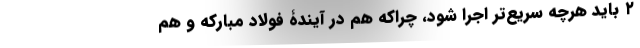
۲ باید هرچه سریع‌تر اجرا شود، چراکه هم در آیندۀ فولاد مبارکه و هم